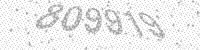
Solution: 809919